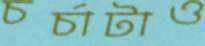
চর্চাটাও